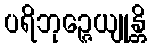
ပရိဘုဉ္ဇေယျုန္တိ